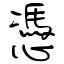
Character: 憑